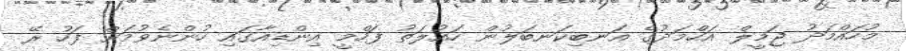
މުހައްމަދު ޖަމީލް އަހްމަދުގެ އަނބިކަނބަލުން ހައުލަތު ފަހްމީ އިންޑިއާގައި ހުންނެވުމަށް ފަހު ރޭ